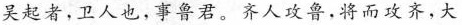
吴起者，卫人也，事鲁君。齐人攻鲁，将而攻齐，大